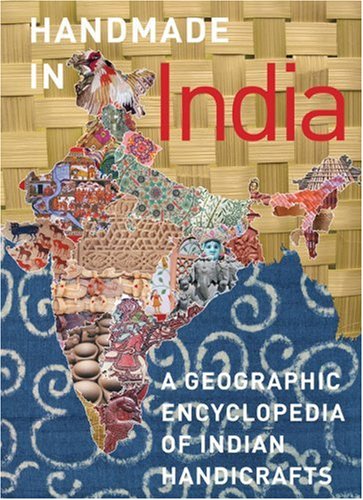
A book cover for Handmade in India: A Geographic Encyclopedia of India Handicrafts; Travel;